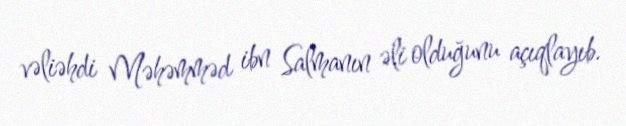
vəliəhdi Məhəmməd ibn Salmanın əli olduğunu açıqlayıb.